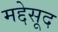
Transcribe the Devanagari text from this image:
मद्देसूद